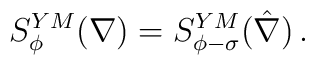
S^{YM}_{\phi} ( \nabla) = S^{YM}_{\phi - \sigma}(\hat \nabla) \, .